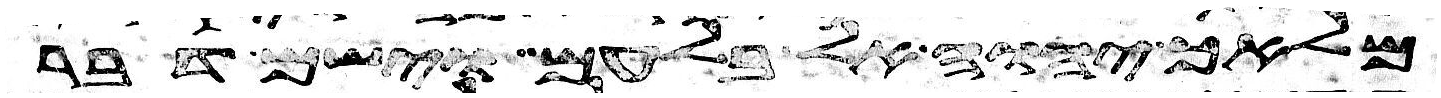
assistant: מלאך יהוה אל בלעם וישם דבר